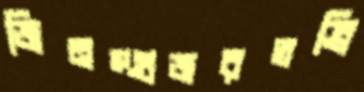
জিনস্গুজরতব্রি